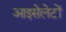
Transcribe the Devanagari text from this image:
आइसेलेटों